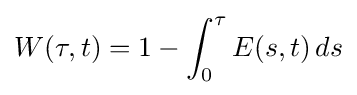
W(\tau ,t)=1-\int _{0}^{\tau }E(s,t)\,ds